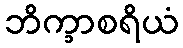
ဘိက္ခာစရိယံ